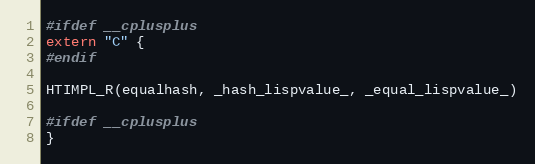
Language: C
#ifdef __cplusplus
extern "C" {
#endif

HTIMPL_R(equalhash, _hash_lispvalue_, _equal_lispvalue_)

#ifdef __cplusplus
}